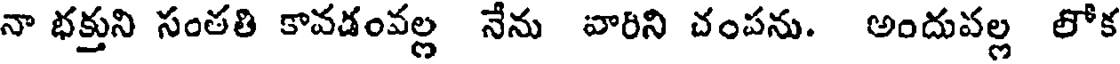
నా భక్తుని సంతతి కావడంవల్ల నేను వారిని చంపను. అందువల్ల లోక